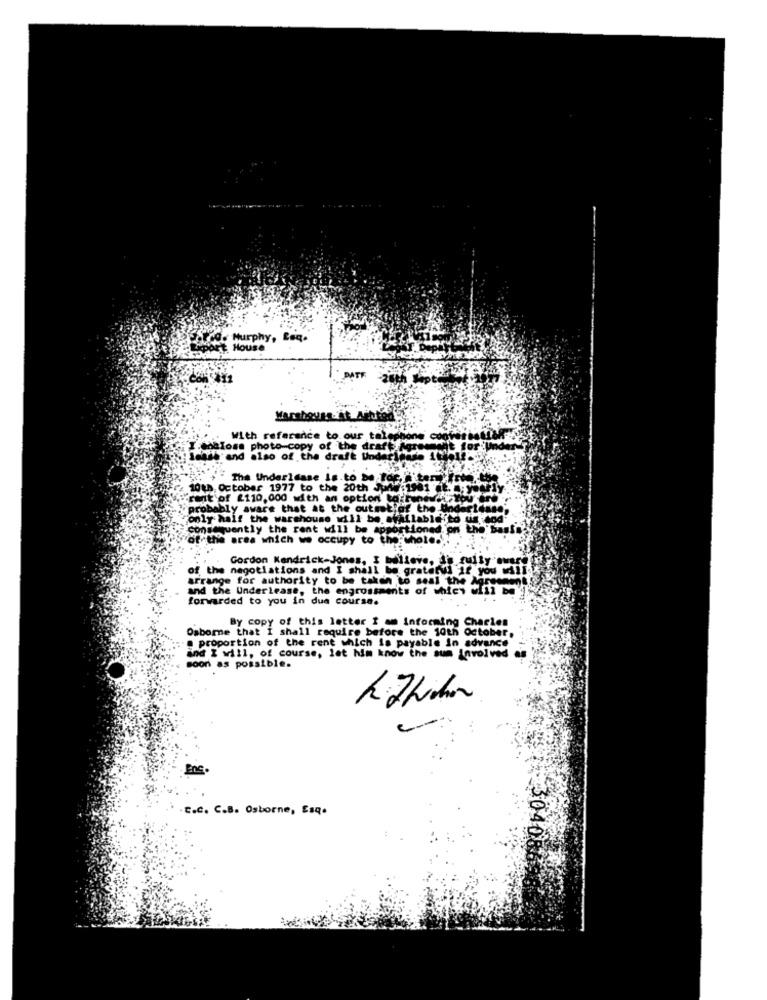
Porco. Murphy, Leq.
Art House
With reference to our taleph
ingIoss photo copy of the
for Un
ldash and also of the draft Unde
The Underlease Is.to be for, tarro .- the
10th October 1977 to the 20th Jul
rent of £110.000 with an option to: renew
probably aware that at the outset;of the Undaridase;
"only half the warehouse will be available"'d
consequently the rent will be appo
ctioned.
the
"of the area which we occupy to the; whole.
Gordon Kendrick-Jones, I believe, is fully aware
of the negotiations and I shall be grateful if you will
arrange for authority to be taken to seal the Agreen
and the Underlease, the engrossments of which will be
forwarded to you in due course.
By copy of this letter I am Informing Charles
Osborne that I shall require before the 10th October,
proportion of the rent which is payable in advance
and I will, of course, let him know the sum involved as
soon as possible.
EnC.
C.C. C.B. Osborne, Esq.
3040